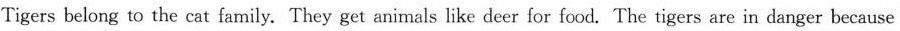
Tigers belong to the cat family. They get animals like deer for food. The tigers are in danger because